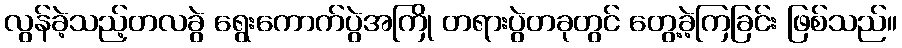
လွန်ခဲ့သည့်တလခွဲ ရွေးကောက်ပွဲအကြို တရားပွဲတခုတွင် တွေ့ခဲ့ကြခြင်း ဖြစ်သည်။